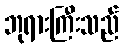
ဘုရားကြီးသည်